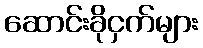
ဆောင်းခိုငှက်များ